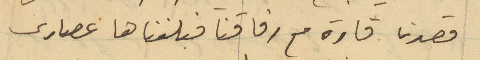
قصدنا قارة مع رفاقنا فبلغناها عصارى